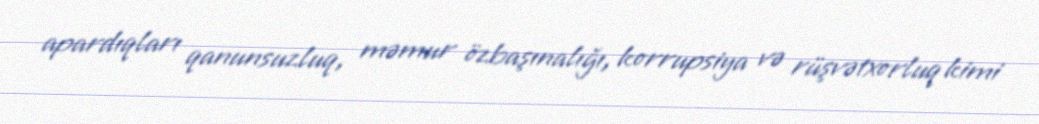
apardıqları qanunsuzluq, məmur özbaşınalığı, korrupsiya və rüşvətxorluq kimi